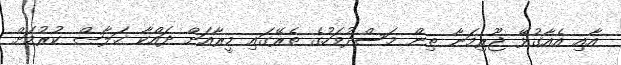
އާއި އެއާގުޅޭ ޖޫރިމަނާ ތިން މަސްދުވަހުގެ ތެރޭގައި މީރާއަށް ދައްކާ ޚަލާޞް ކުރުމަށް